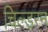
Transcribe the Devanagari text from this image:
चिल्डरन